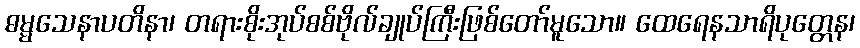
ဓမ္မသေနာပတိနာ၊ တရားစိုးအုပ်စစ်ဗိုလ်ချုပ်ကြီးဖြစ်တော်မူသော။ ထေရေနသာရိပုတ္တေန၊